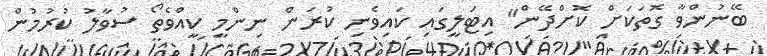
ބޭނުންވާ ގޮތަކަށް ކޮށްދޭން" އިޓަލީގައި ކައިވެނި ކުރަން ނިންމީ ކީއްވެތޯ ސުވާލު ކުރުމުން